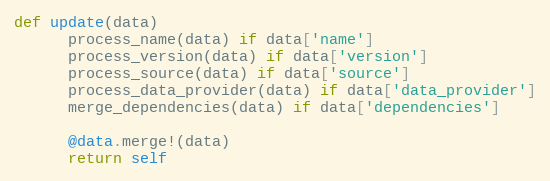
Language: Ruby
def update(data)
      process_name(data) if data['name']
      process_version(data) if data['version']
      process_source(data) if data['source']
      process_data_provider(data) if data['data_provider']
      merge_dependencies(data) if data['dependencies']

      @data.merge!(data)
      return self